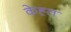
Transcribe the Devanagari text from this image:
केह्त